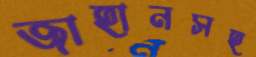
জাহানসহ